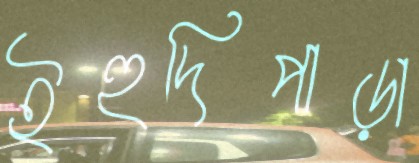
ইহুদিপাড়া